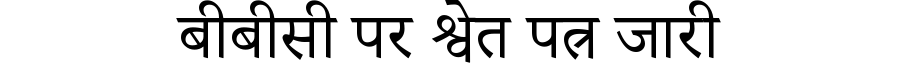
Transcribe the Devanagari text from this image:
बीबीसी पर श्वेत पत्र जारी